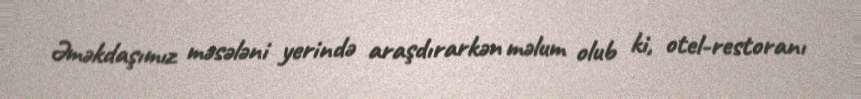
Əməkdaşımız məsələni yerində araşdırarkən məlum olub ki, otel-restoranı